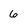
Character: 6